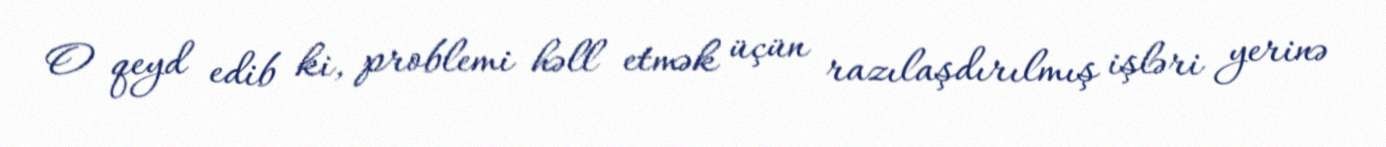
O qeyd edib ki, problemi həll etmək üçün razılaşdırılmış işləri yerinə